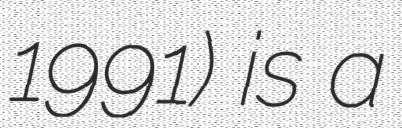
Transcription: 1991) is a